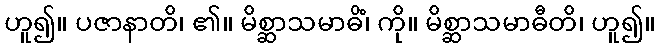
ဟူ၍။ ပဇာနာတိ၊ ၏။ မိစ္ဆာသမာဓိံ၊ ကို။ မိစ္ဆာသမာဓီတိ၊ ဟူ၍။